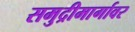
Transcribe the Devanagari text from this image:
समुद्रीमार्गावर